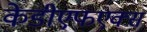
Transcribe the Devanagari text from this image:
केडीएफएक्स